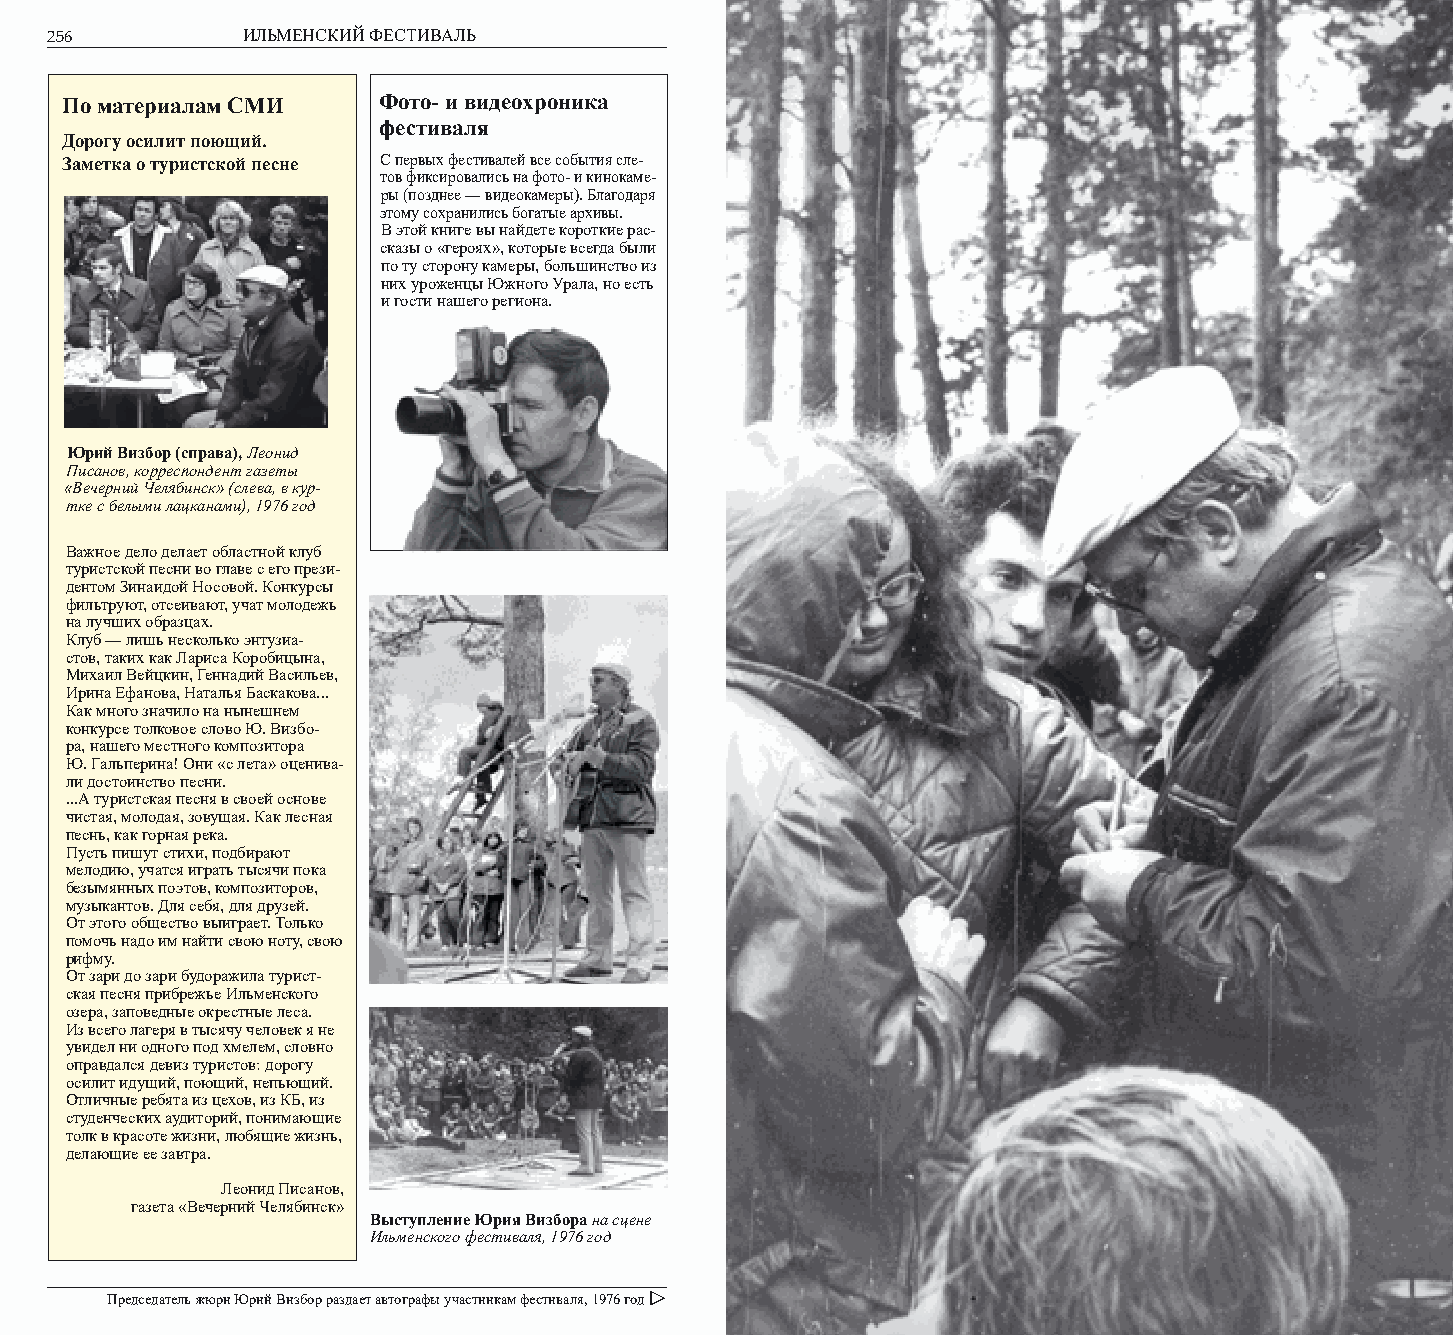
256          ИЛЬМЕНСКИЙ ФЕСТИВАЛЬ                               ГОД ЗА ГОДОМ: 1976      257
 По материалам СМИ    Фото- и видеохроника
 фестиваля
 Дорогу осилит поющий.
 Заметка о туристской песне С первых фестивалей все события сле-
 тов фиксировались на фото- и кинокаме-
 ры (позднее — видеокамеры). Благодаря
 этому сохранились богатые архивы.
 В этой книге вы найдете короткие рас-
 сказы о «героях», которые всегда были
 по ту сторону камеры, большинство из
 них уроженцы Южного Урала, но есть
 и гости нашего региона.
 Юрий Визбор (справа), Леонид
 Писанов, корреспондент газеты
 «Вечерний Челябинск» (слева, в кур-
 тке с белыми лацканами), 1976 год
 Важное дело делает областной клуб
 туристской песни во главе с его прези-
 дентом Зинаидой Носовой. Конкурсы
 фильтруют, отсеивают, учат молодежь
 на лучших образцах.
 Клуб — лишь несколько энтузиа-
 стов, таких как Лариса Коробицына,
 Михаил Вейцкин, Геннадий Васильев,
 Ирина Ефанова, Наталья Баскакова...
 Как много значило на нынешнем
 конкурсе толковое слово Ю. Визбо-
 ра, нашего местного композитора
 Ю. Гальперина! Они «с лета» оценива-
 ли достоинство песни.
 ...А туристская песня в своей основе
 чистая, молодая, зовущая. Как лесная
 песнь, как горная река.
 Пусть пишут стихи, подбирают
 мелодию, учатся играть тысячи пока
 безымянных поэтов, композиторов,
 музыкантов. Для себя, для друзей.
 От этого общество выиграет. Только
 помочь надо им найти свою ноту, свою
 рифму.
 От зари до зари будоражила турист-
 ская песня прибрежье Ильменского
 озера, заповедные окрестные леса.
 Из всего лагеря в тысячу человек я не
 увидел ни одного под хмелем, словно
 оправдался девиз туристов: дорогу
 осилит идущий, поющий, непьющий.
 Отличные ребята из цехов, из КБ, из
 студенческих аудиторий, понимающие
 толк в красоте жизни, любящие жизнь,
 делающие ее завтра.
 Леонид Писанов,
 газета «Вечерний Челябинск»
 Выступление Юрия Визбора на сцене
 Ильменского фестиваля, 1976 год
 Председатель жюри Юрий Визбор раздает автографы участникам фестиваля, 1976 год